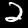
Label: 2